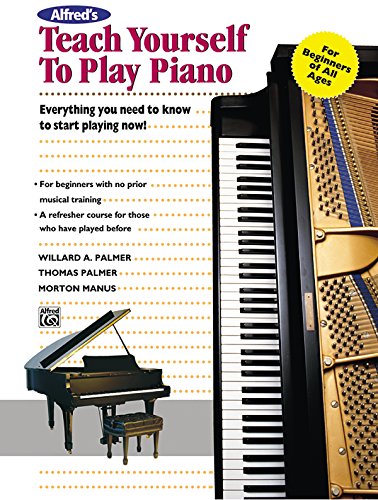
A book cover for Teach Yourself to Play Piano (Book) (Teach Yourself Series); Willard A. Palmer; Humor & Entertainment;